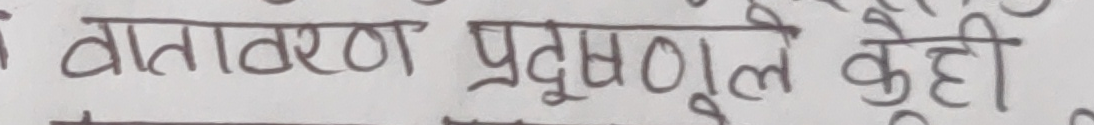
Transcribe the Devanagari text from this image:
वातावरण प्रदुषणले केही